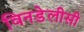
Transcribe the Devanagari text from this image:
विनडेलीसी